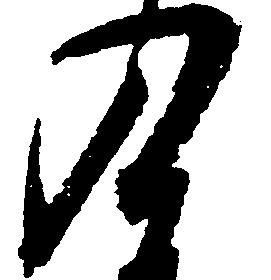
入